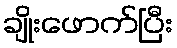
ချိုးဖောက်ပြီး